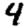
Digit: 4